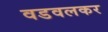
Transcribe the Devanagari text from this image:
वडवलकर